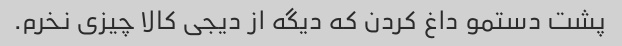
پشت دستمو داغ کردن که دیگه از دیجی کالا چیزی نخرم.